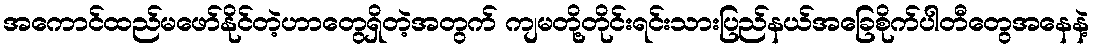
အကောင်ထည်မဖော်နိုင်တဲ့ဟာတွေရှိတဲ့အတွက် ကျမတို့တိုင်းရင်းသားပြည်နယ်အခြေစိုက်ပါတီတွေအနေနဲ့